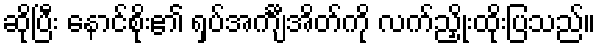
ဆိုပြီး နောင်စိုး၏ ရှပ်အင်္ကျီအိတ်ကို လက်ညှိုးထိုးပြသည်။